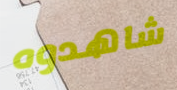
شاهدوه